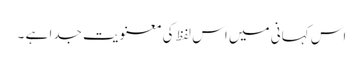
اس کہانی میں اس لفظ کی معنویت جدا ہے ۔